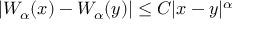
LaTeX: | W _ { \alpha } ( x ) - W _ { \alpha } ( y ) | \leq C | x - y | ^ { \alpha }